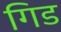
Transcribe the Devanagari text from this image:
गिड